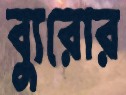
ব্যুরোর